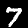
Label: 7